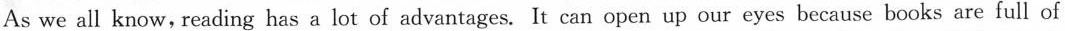
As we all know, reading has a lot of advantages. It can open up our eyes because books are full of